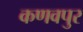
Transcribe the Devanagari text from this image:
कणवपुर